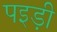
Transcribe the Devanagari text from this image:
पइड़ी